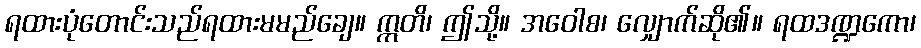
ရထားပုံတောင်းသည်ရထားမမည်ချေ။ ဣတိ၊ ဤသို့။ အဝေါစ၊ လျှောက်ဆို၏။ ရထဒဏ္ဍကော၊